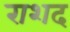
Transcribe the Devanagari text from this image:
राशद